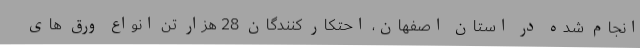
انجام شده در استان اصفهان، احتکار کنندگان 28 هزار تن انواع ورق های